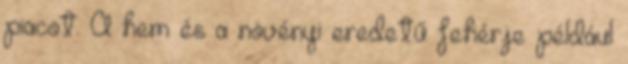
piacot. A hem és a növényi eredetű fehérje például